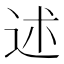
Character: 述